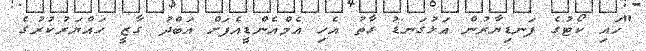
"ހައި ކޯޓުގެ ފަނޑިޔާރުން އަޅުގަނޑު ގާތު އެހި އެމްއެންޑީއެފަށް އަބްދު ގާޒީ ހައްޔަރުކުރުގެ